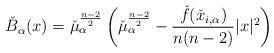
LaTeX: \begin{align*}\check{B}_\alpha(x)= \check{\mu}_\alpha^{\frac{n-2}{2}}\left(\check{\mu}_\alpha^{\frac{n-2}{2}}-\frac{\check{f}({\check{x}_{i,\alpha}})}{n(n-2)}\vert x\vert^2\right)\end{align*}